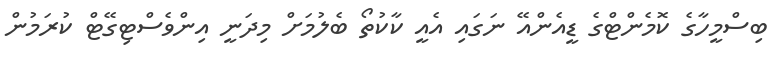
ބިސްމީހާގެ ކޮމެންޓްގެ ޑީއެންއޭ ނަގައި އެއީ ކާކުތޯ ބެލުމަށް މިދަނީ އިންވެސްޓިގޭޓް ކުރަމުން